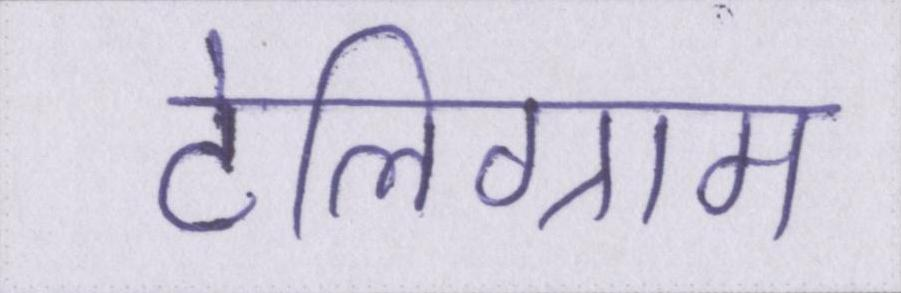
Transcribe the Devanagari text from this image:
टेलिग्राम